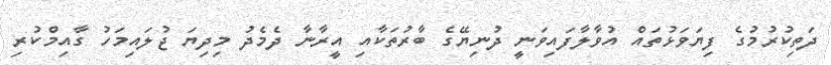
ދަތިކުރުމުގެ ފިޔަވަޅުތައް އުވާލާފައިވަނީ ދުނިޔޭގެ ބާރުތަކާއި އީރާނާ ދެމެދު މިދިޔަ ޖުލައިމަހު ގާއިމްކުރި